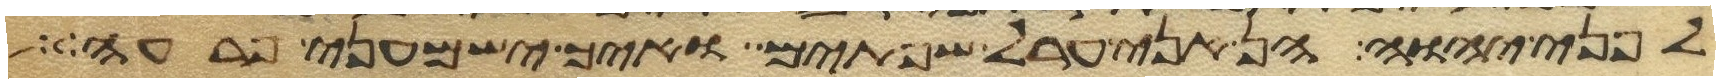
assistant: לפני יהוה הן אני ערל שפתים ואיך ישמעני פרעה